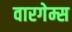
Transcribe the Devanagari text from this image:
वारगेम्स